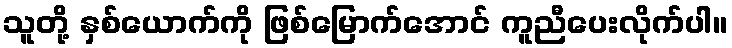
သူတို့ နှစ်ယောက်ကို ဖြစ်မြောက်အောင် ကူညီပေးလိုက်ပါ။